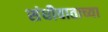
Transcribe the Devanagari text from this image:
संधीवाताच्या